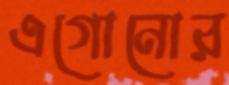
এগোনোর